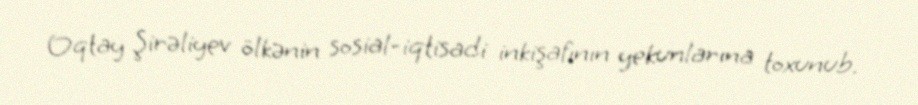
Oqtay Şirəliyev ölkənin sosial-iqtisadi inkişafının yekunlarına toxunub.